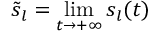
\tilde { s } _ { l } = \operatorname* { l i m } _ { t \to + \infty } { s _ { l } ( t ) }